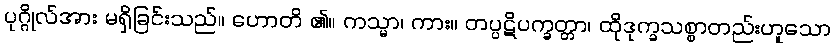
ပုဂ္ဂိုလ်အား မရှိခြင်းသည်။ ဟောတိ ၏။ ကသ္မာ၊ ကား။ တပ္ပဋိပက္ခတ္တာ၊ ထိုဒုက္ခသစ္စာတည်းဟူသော